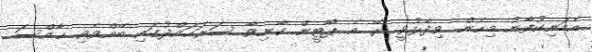
އެމަނިކުފާނު މިހެން ވިދާޅުވީ ރޭ އެ ޕާޓީން ކާނިވާ ސަރަހައްދުގައި ބޭއްވެވި ޚާއްސަ